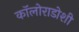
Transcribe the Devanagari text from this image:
कॉलोराडोशी